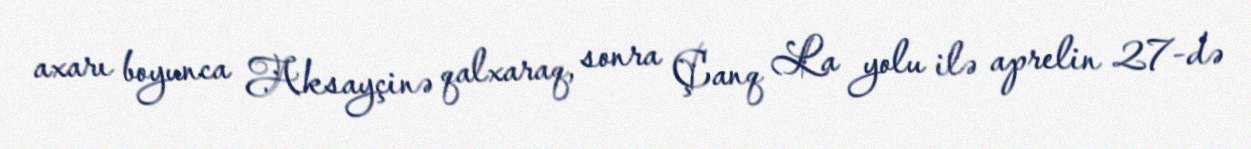
axarı boyunca Aksayçinə qalxaraq, sonra Çanq La yolu ilə aprelin 27-də